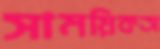
সাময়িকঅ